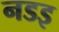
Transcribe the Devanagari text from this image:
नडइ